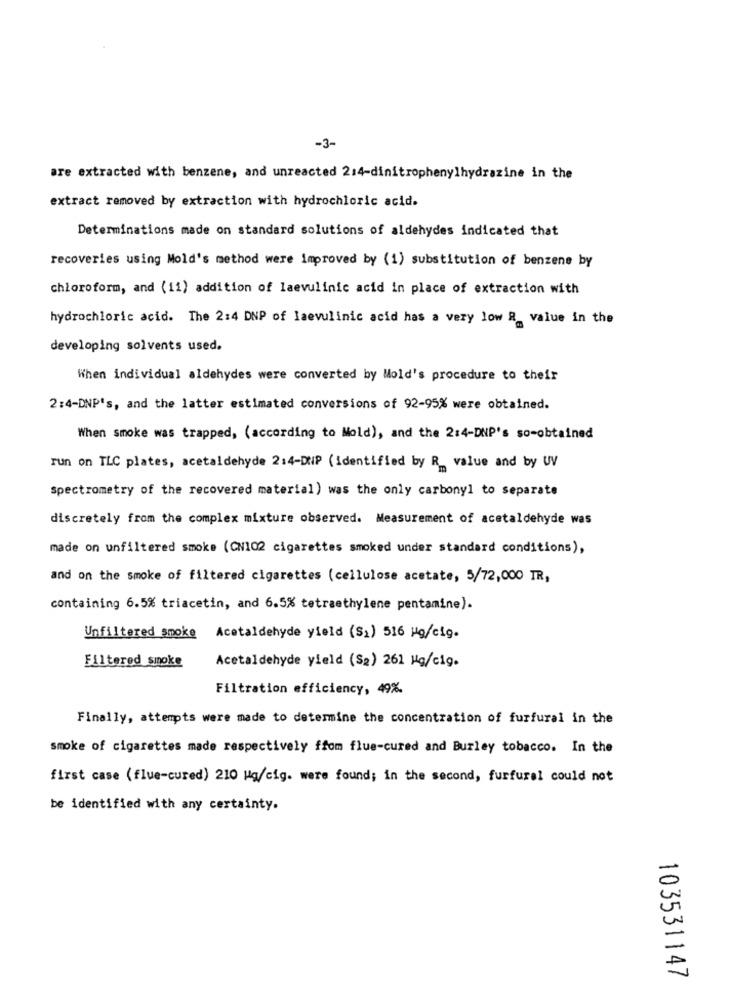
-3-
are extracted with benzene, and unreacted 2:4-dinitrophenylhydrazine in the
extract removed by extraction with hydrochloric acid.
Determinations made on standard solutions of aldehydes indicated that
recoveries using Mold's method were Improved by (1) substitution of benzene by
chloroform, and (11) addition of laevulinic acid in place of extraction with
hydrochloric acid. The 2:4 DNP of Iaevulinic acid has a very low R_ value in the
developing solvents used.
When individual aldehydes were converted by Mold's procedure to their
2:4-DNP's, and the latter estimated conversions of 92-95% were obtained.
When smoke was trapped, (according to Mold), and the 2:4-DNP's so-obtained
run on TLC plates, acetaldehyde 2:4-DUP (identified by R_ value and by UV
Spectrometry of the recovered material) was the only carbonyl to separate
discretely from the complex mixture observed. Measurement of acetaldehyde was
made on unfiltered smoke (CN102 cigarettes smoked under standard conditions),
and on the smoke of filtered cigarettes (cellulose acetate, 5/72,000 TR,
containing 6.5% triacetin, and 6.5% tetraethylene pentamine).
Unfiltered smoke Acetaldehyde yield (S1) 516 ug/cig.
Filtered smoke
Acetaldehyde yield (S2) 261 Hg/cig.
Filtration efficiency, 49%
Finally, attempts were made to determine the concentration of furfural in the
smoke of cigarettes made respectively from flue-cured and Burley tobacco. In the
first case (flue-cured) 210 Mg/cig. were found; in the second, furfural could not
be identified with any certainty.
103531147